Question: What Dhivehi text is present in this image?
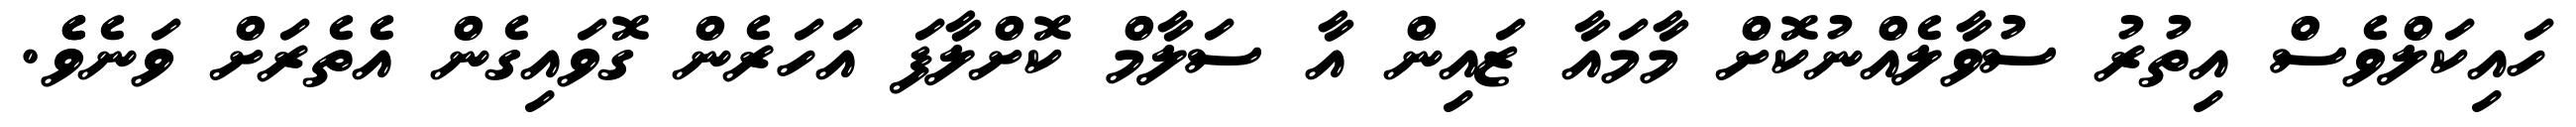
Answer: ހައިކަލްވެސް އިތުރު ސުވާލެއްނުކޮށް މާމައާ ޒައިން އާ ސަލާމް ކޮށްލާފަ އަހަރެން ގޮވައިގެން އެތެރަށް ވަނެވެެ.